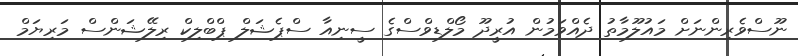
ނޫސްވެރިންނަށް މައުލޫމާތު ދެއްވަމުން އުރީދޫ މޯލްޑިވްސްގެ ސީނިއާ ސްޕެޝަލް ޕްބްލިކް ރިލޭޝަންސް މަރިޔަމް